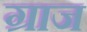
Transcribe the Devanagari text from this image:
ग्राज